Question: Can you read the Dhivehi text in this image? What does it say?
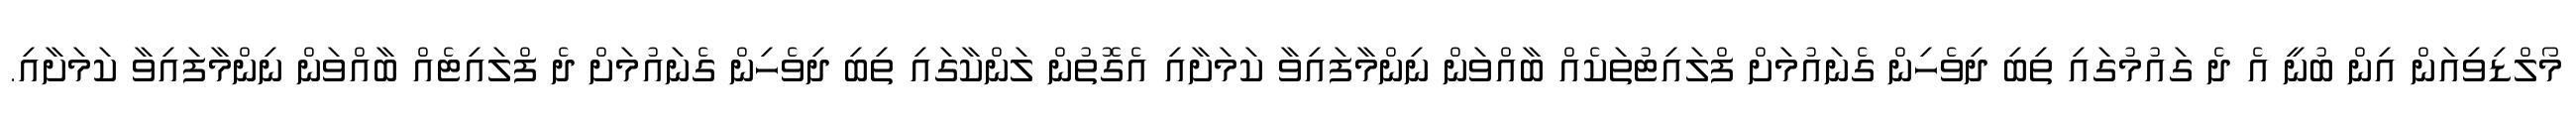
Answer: މޯލްޑިވިއަން އިން ބުނީ އެ ދެ ގައުމުގައި ތިބި ދިވެހިން ގެނައުމަށް ފްލައިޓުތަކެއް ބާއްވަން ނިންމާފައިވާ ކަމަށާއި އެގޮތުން ލަންކާގައި ތިބި ދިވެހިން ގެނައުމަށް ދެ ފްލައިޓެއް ބާއްވަން ނިންމާފައިވާ ކަމަށާއި.